Indian journal of veterinary science and animal husbandry - Volumes 18-21, 1948-1951
Year: 1948
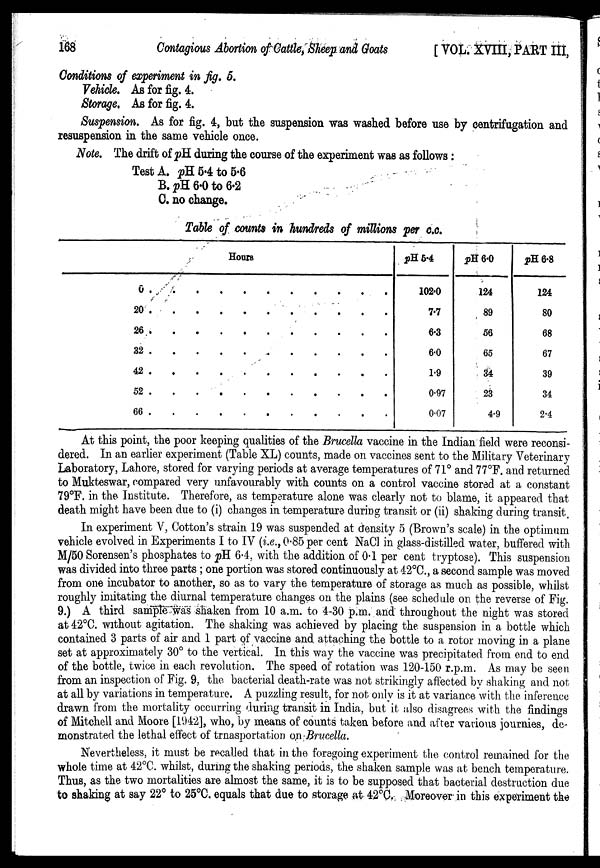
168
Contagious Abortion of Cattle, Sheep and Goats
[VOL. XVIII, PART III,
Conditions of experiment in fig. 5.
Vehicle. As for fig. 4.
Storage. As for fig. 4.
Suspension. As for fig. 4, but the suspension was washed before use by centrifugation and
resuspension in the same vehicle once.
Note. The drift of pH during the course of the experiment was as follows:
Test A. pH 5.4 to 5.6
B. pH 6.0 to 6.2
C. no change.
Table of counts in hundreds of millions per c.c.
Hours
0 . . . . . . . . . . .
20 . . . . . . . . . . .
26 . . . . . . . . . . .
32 . . . . . . . . . . .
42 . . . . . . . . . . .
52 . . . . . . . . . . .
66 . . . . . . . . . . .
pH 5.4
102.0
7.7
6.3
6.0
1.9
0.97
0.07
pH 6.0
124
89
56
65
34
23
4.9
pH 6.8
124
80
68
67
39
34
2.4
At this point, the poor keeping qualities of the Brucella vaccine in the Indian field were reconsi-
dered. In an earlier experiment (Table XL) counts, made on vaccines sent to the Military Veterinary
Laboratory, Lahore, stored for varying periods at average temperatures of 71° and 77°F. and returned
to Mukteswar, compared very unfavourably with counts on a control vaccine stored at a constant
79°F. in the Institute. Therefore, as temperature alone was clearly not to blame, it appeared that
death might have been due to (i) changes in temperature during transit or (ii) shaking during transit.
In experiment V, Cotton's strain 19 was suspended at density 5 (Brown's scale) in the optimum
vehicle evolved in Experiments I to IV (i.e., 0.85 per cent NaCl in glass-distilled water, buffered with
M/50 Sorensen's phosphates to pH 6.4, with the addition of 0.1 per cent tryptose). This suspension
was divided into three parts ; one portion was stored continuously at 42°C., a second sample was moved
from one incubator to another, so as to vary the temperature of storage as much as possible, whilst
roughly imitating the diurnal temperature changes on the plains (see schedule on the reverse of Fig.
9.) A third sample was shaken from 10 a.m. to 4-30 p.m. and throughout the night was stored
at 42°C. without agitation. The shaking was achieved by placing the suspension in a bottle which
contained 3 parts of air and 1 part of vaccine and attaching the bottle to a rotor moving in a plane
set at approximately 30° to the vertical. In this way the vaccine was precipitated from end to end
of the bottle, twice in each revolution. The speed of rotation was 120-150 r.p.m. As may be seen
from an inspection of Fig. 9, the bacterial death-rate was not strikingly affected by shaking and not
at all by variations in temperature. A puzzling result, for not only is it at variance with the inference
drawn from the mortality occurring during transit in India, but it also disagrees with the findings
of Mitchell and Moore [1942], who, by means of counts taken before and after various journies, de-
monstrated the lethal effect of trnasportation on Brucella.
Nevertheless, it must be recalled that in the foregoing experiment the control remained for the
whole time at 42°C. whilst, during the shaking periods, the shaken sample was at bench temperature.
Thus, as the two mortalities are almost the same, it is to be supposed that bacterial destruction due
to shaking at say 22° to 25°C. equals that due to storage at 42°C. Moreover in this experiment the